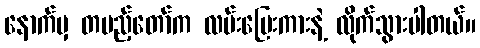
နောက်မှ တပည့်တော်က လမ်းပြေးကားနဲ့ လိုက်သွားပါတယ်။